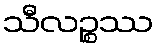
သီလဉ္စဿ